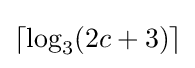
\lceil \log _{3}(2c+3)\rceil